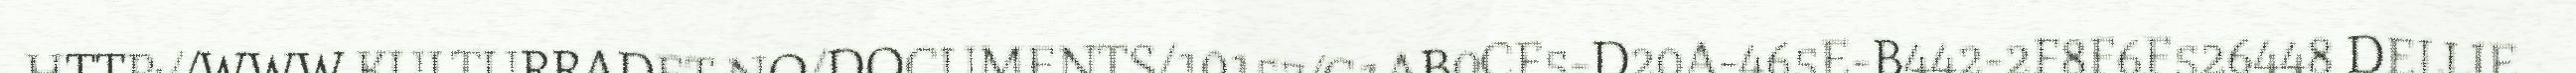
HTTP://WWW.KULTURRADET.NO/DOCUMENTS/10157/C1AB0CF5-D20A-465E-B442-2F8F6F526448 DELLIE